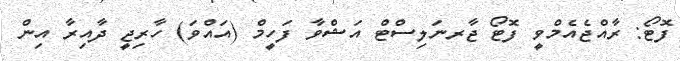
ފޮޓޯ: ރާއްޖެއެމްވީ ފޮޓޯ ޖާރނަލިސްޓް އަޝްވާ ފަހީމް (އައްވަ) ހާރިޖީ ދާއިރާ އިން